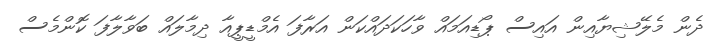
ދެން މެލޭޝިޔާއިން އައިސް ޕޯޑިއަމައް ވާހަކަދައްކަން އަރާފަ އެމްޑީޕީއާ ދިމާލައް ބަވާލާފަ ކޮންމެސް